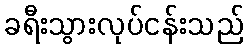
ခရီးသွားလုပ်ငန်းသည်